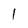
Character: 1